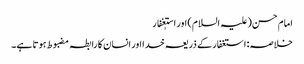
امام حسن(علیہ السلام) اور استٖغفار
خلاصہ: استغفار کے ذریعہ خدا اور انسان کا رابطہ مضبوط ہوتا ہے۔